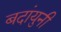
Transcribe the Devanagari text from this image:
बदांयुनी